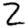
Digit: 2